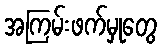
အကြမ်းဖက်မှုတွေ